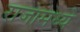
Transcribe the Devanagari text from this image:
राजामध्ये